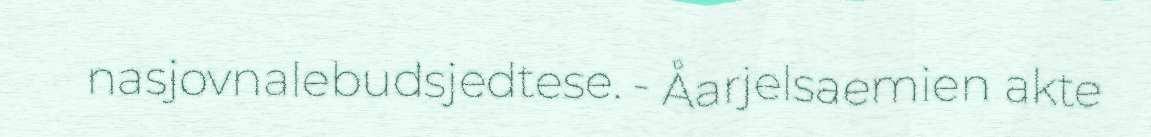
nasjovnalebudsjedtese. - Åarjelsaemien akte